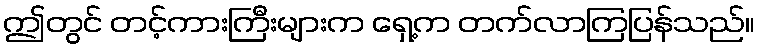
ဤတွင် တင့်ကားကြီးများက ရှေ့က တက်လာကြပြန်သည်။